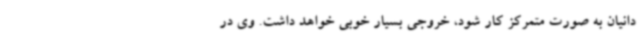
دانیان به صورت متمرکز کار شود، خروجی بسیار خوبی خواهد داشت. وی در